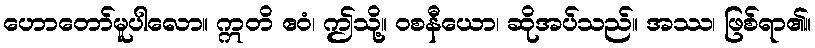
ဟောတော်မူပါလော။ ဣတိ ဧဝံ၊ ဤသို့။ ဝစနီယော၊ ဆိုအပ်သည်။ အဿ၊ ဖြစ်ရာ၏။